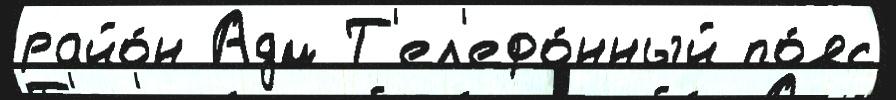
райо́н Адм Т'ел'ефо́нный по́яс